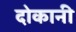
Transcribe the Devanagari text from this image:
दोकानी